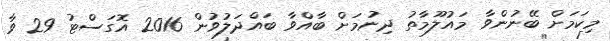
މިކަމަށް ބޭނުންވާ މައުލޫމާތު ދިނުމަށް ބާއްވާ ބައްދަލުވުން 2016 އޮގަސްޓު 29 ވާ